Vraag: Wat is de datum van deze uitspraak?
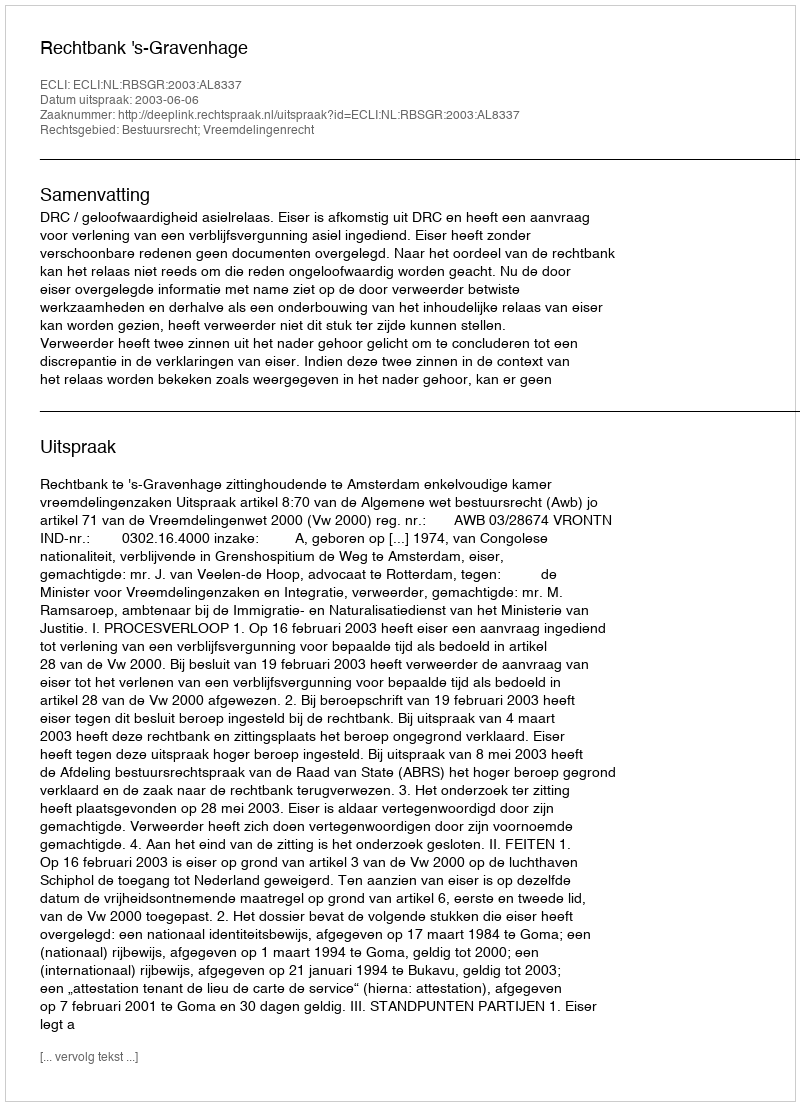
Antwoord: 2003-06-06